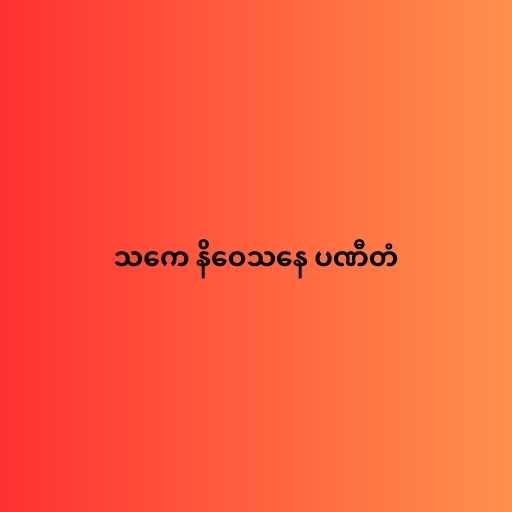
သကေ နိဝေသနေ ပဏီတံ